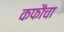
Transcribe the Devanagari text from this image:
कफौचा